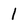
Character: 1